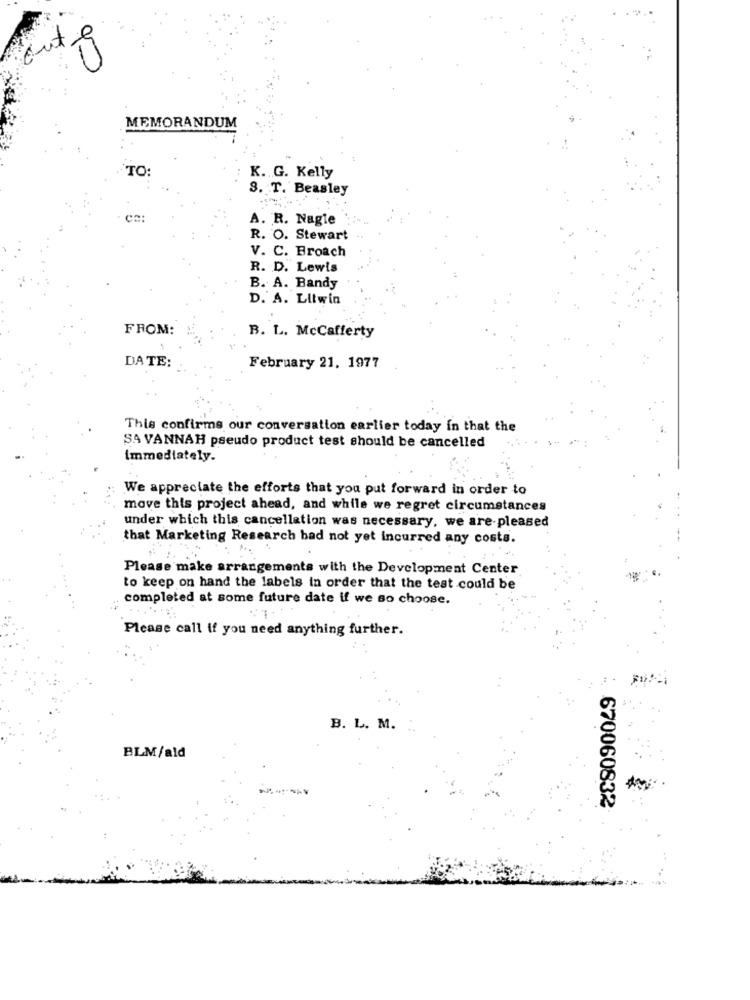
90
MEMORANDUM
TO:
K. G. Kelly
3. T. Beasley
A. R. Nagle
R. O. Stewart
V. C. Broach
R. D. Lewis
B. A. Bandy
D. A. Litwin
FROM:
B. L. McCafferty
DATE:
February 21, 1977
This confirms our conversation earlier today in that the
SAVANNAH pseudo product test should be cancelled
immediately.
We appreciate the efforts that you put forward in order to
move this project ahead, and while we regret circumstances
under which this cancellation was necessary, we are pleased
that Marketing Research bad not yet incurred any costs.
Please make arrangements with the Development Center
to keep on hand the labels in order that the test could be
completed at some future date if we so choose.
Please call if you need anything further.
B. L. M. ".
BLM/ald
670060832